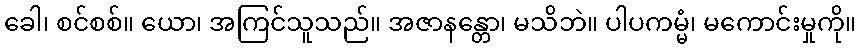
ခေါ၊ စင်စစ်။ ယော၊ အကြင်သူသည်။ အဇာနန္တော၊ မသိဘဲ။ ပါပကမ္မံ၊ မကောင်းမှုကို။